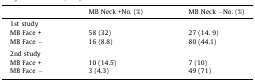
|  | MB Neck +No. (%) | MB Neck −No. (%) |
 | --- | --- | --- |
 | <COLSPAN=3> 1st study |
 | MB Face + | 58 (32) | 27 (14. 9) |
 | MB Face − | 16 (8.8) | 80 (44.1) |
 | <COLSPAN=3>  |
 | <COLSPAN=3> 2nd study |
 | MB Face + | 10 (14.5) | 7 (10) |
 | MB Face − | 3 (4.3) | 49 (71) |